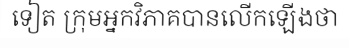
ទៀត ក្រុមអ្នកវិភាគបានលើកឡើងថា